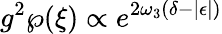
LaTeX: g^{2}\wp(\xi)\propto e^{2\omega_{3}(\delta-|\epsilon|)}